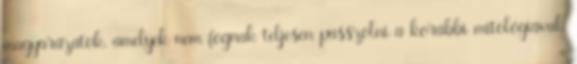
magyarázatok, amelyek nem fognak teljesen passzolni a korábbi mitológiával.